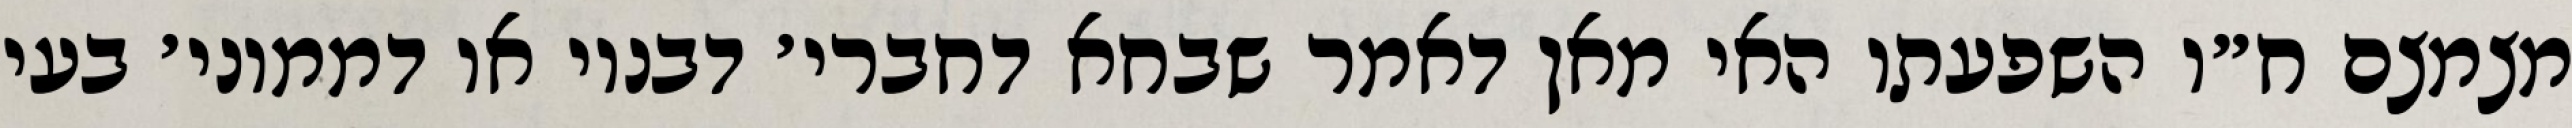
מצמצם ח״ו השפעתו האי מאן דאמר שבחא דחברי׳ דבנוי או דממוני׳ בעי